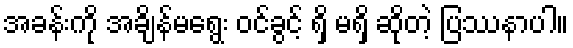
အခန်းကို အချိန်မရွေး ဝင်ခွင့် ရှိ မရှိ ဆိုတဲ့ ပြဿနာပါ။